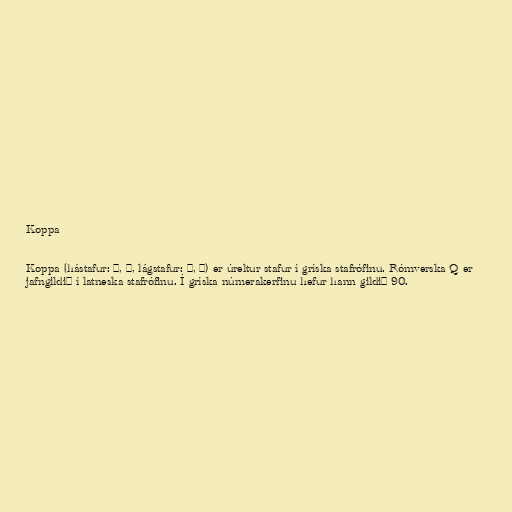
Koppa

Koppa (hástafur: Ϟ, Ϙ, lágstafur: ϟ, ϙ) er úreltur stafur í gríska stafrófinu. Rómverska Q er
jafngildið í latneska stafrófinu. Í gríska númerakerfinu hefur hann gildið 90.